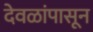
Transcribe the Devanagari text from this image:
देवळांपासून